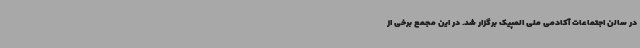
در سالن اجتماعات آکادمی ملی المپیک برگزار شد. در این مجمع برخی از